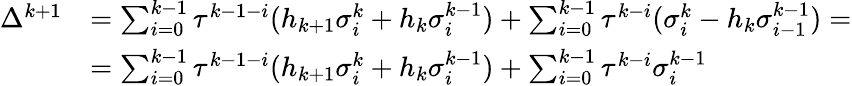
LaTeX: \begin{array}{rl}{\Delta^{k+1}}&{=\sum_{i=0}^{k-1}\tau^{k-1-i}(h_{k+1}\sigma_{i}^{k}+h_{k}\sigma_{i}^{k-1})+\sum_{i=0}^{k-1}\tau^{k-i}(\sigma_{i}^{k}-h_{k}\sigma_{i-1}^{k-1})=}\\ &{=\sum_{i=0}^{k-1}\tau^{k-1-i}(h_{k+1}\sigma_{i}^{k}+h_{k}\sigma_{i}^{k-1})+\sum_{i=0}^{k-1}\tau^{k-i}\sigma_{i}^{k-1}}\end{array}